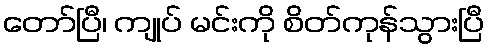
တော်ပြီ၊ ကျုပ် မင်းကို စိတ်ကုန်သွားပြီ